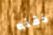
ذقنه